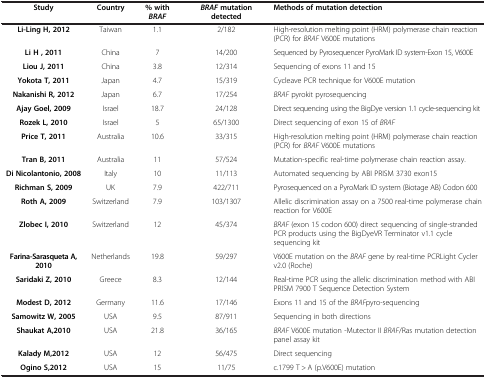
<table><thead><tr><td><b>Study</b></td><td><b>Country</b></td><td><b>% with <i>BRAF</i></b></td><td><b><i>BRAF </i>mutation detected</b></td><td><b>Methods of mutation detection</b></td></tr></thead><tbody><tr><td><b>Li-Ling H, 2012</b></td><td>Taiwan</td><td>1.1</td><td>2/182</td><td>High-resolution melting point (HRM) polymerase chain reaction (PCR) for <i>BRAF</i> V600E mutations</td></tr><tr><td><b>Li H , 2011</b></td><td>China</td><td>7</td><td>14/200</td><td>Sequenced by Pyrosequencer PyroMark ID system-Exon 15, V600E</td></tr><tr><td><b>Liou J, 2011</b></td><td>China</td><td>3.8</td><td>12/314</td><td>Sequencing of exons 11 and 15</td></tr><tr><td><b>Yokota T, 2011</b></td><td>Japan</td><td>4.7</td><td>15/319</td><td>Cycleave PCR technique for V600E mutation</td></tr><tr><td><b>Nakanishi R, 2012</b></td><td>Japan</td><td>6.7</td><td>17/254</td><td><i>BRAF</i> pyrokit pyrosequencing</td></tr><tr><td><b>Ajay Goel, 2009</b></td><td>Israel</td><td>18.7</td><td>24/128</td><td>Direct sequencing using the BigDye version 1.1 cycle-sequencing kit</td></tr><tr><td><b>Rozek L, 2010</b></td><td>Israel</td><td>5</td><td>65/1300</td><td>Direct sequencing of exon 15 of <i>BRAF</i></td></tr><tr><td><b>Price T, 2011</b></td><td>Australia</td><td>10.6</td><td>33/315</td><td>High-resolution melting point (HRM) polymerase chain reaction (PCR) for <i>BRAF</i> V600E mutations</td></tr><tr><td><b>Tran B, 2011</b></td><td>Australia</td><td>11</td><td>57/524</td><td>Mutation-specific real-time polymerase chain reaction assay.</td></tr><tr><td><b>Di Nicolantonio, 2008</b></td><td>Italy</td><td>10</td><td>11/113</td><td>Automated sequencing by ABI PRISM 3730 exon15</td></tr><tr><td><b>Richman S, 2009</b></td><td>UK</td><td>7.9</td><td>422/711</td><td>Pyrosequenced on a PyroMark ID system (Biotage AB) Codon 600</td></tr><tr><td><b>Roth A, 2009</b></td><td>Switzerland</td><td>7.9</td><td>103/1307</td><td>Allelic discrimination assay on a 7500 real-time polymerase chain reaction for V600E</td></tr><tr><td><b>Zlobec I, 2010</b></td><td>Switzerland</td><td>12</td><td>45/374</td><td><i>BRAF</i> (exon 15 codon 600) direct sequencing of single-stranded PCR products using the BigDyeVR Terminator v1.1 cycle sequencing kit</td></tr><tr><td><b>Farina-Sarasqueta A, 2010</b></td><td>Netherlands</td><td>19.8</td><td>59/297</td><td>V600E mutation on the <i>BRAF</i> gene by real-time PCRLight Cycler v2.0 (Roche)</td></tr><tr><td><b>Saridaki Z, 2010</b></td><td>Greece</td><td>8.3</td><td>12/144</td><td>Real-time PCR using the allelic discrimination method with ABI PRISM 7900 T Sequence Detection System</td></tr><tr><td><b>Modest D, 2012</b></td><td>Germany</td><td>11.6</td><td>17/146</td><td>Exons 11 and 15 of the <i>BRAF</i>pyro-sequencing</td></tr><tr><td><b>Samowitz W, 2005</b></td><td>USA</td><td>9.5</td><td>87/911</td><td>Sequencing in both directions</td></tr><tr><td><b>Shaukat A,2010</b></td><td>USA</td><td>21.8</td><td>36/165</td><td><i>BRAF</i> V600E mutation -Mutector II <i>BRAF</i>/Ras mutation detection panel assay kit</td></tr><tr><td><b>Kalady M,2012</b></td><td>USA</td><td>12</td><td>56/475</td><td>Direct sequencing</td></tr><tr><td><b>Ogino S,2012</b></td><td>USA</td><td>15</td><td>11/75</td><td>c.1799 T &gt; A (p.V600E) mutation</td></tr></tbody></table>